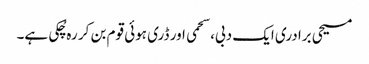
مسیحی برادری ایک دبی، سحمی اور ڈری ہوئی قوم بن کر رہ چُکی ہے۔